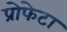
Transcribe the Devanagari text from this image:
प्रोफेटा